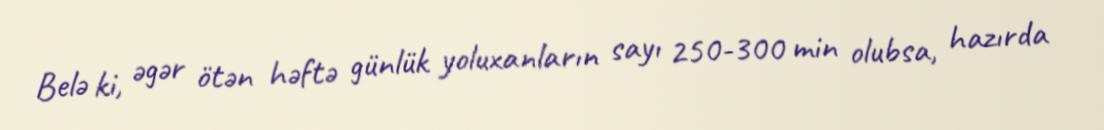
Belə ki, əgər ötən həftə günlük yoluxanların sayı 250-300 min olubsa, hazırda